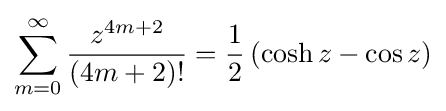
\sum _{m=0}^{\infty }{z^{4m+2} \over (4m+2)!}={\frac {1}{2}}\left(\cosh {z}-\cos {z}\right)